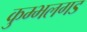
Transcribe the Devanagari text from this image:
कुम्भलगड